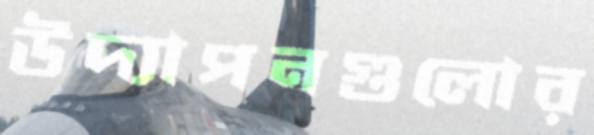
উদ্যাপনগুলোর